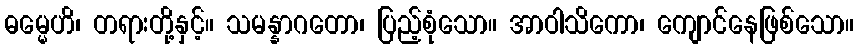
ဓမ္မေဟိ၊ တရားတို့နှင့်။ သမန္နာဂတော၊ ပြည့်စုံသော။ အာဝါသိကော၊ ကျောင်နေဖြစ်သော။